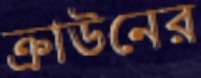
ক্রাউনের